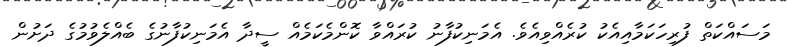
މަސައްކަތް ފުރިހަކަމާއިއެކު ކުރެއްވިއެވެ. އެމަނިކުފާނު ކުރައްވާ ކޮންމެކަމެއް ސީދާ އެމަނިކުފާނުގެ ބެއްލެވުމުގެ ދަށުން